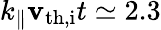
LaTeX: k_{\parallel}\mathbf{v}_{\mathrm{{th,i}}}t\simeq2.3